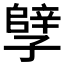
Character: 𫲲